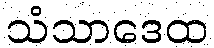
သံသာဒေထ